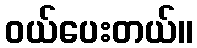
ဝယ်ပေးတယ်။